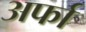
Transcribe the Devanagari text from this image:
अर्फा